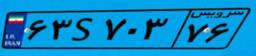
۴۴S۱۲۷۰۶